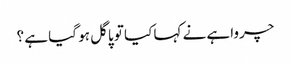
چرواہے نے کہا کیا تو پاگل ہو گیا ہے ؟